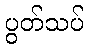
ပွတ်သပ်